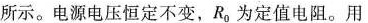
所示。电源电压恒定不变，R。为定值电阻。用